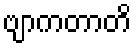
ဗျာကတာတိ